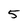
Character: 5